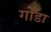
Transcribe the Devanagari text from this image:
गोँडा